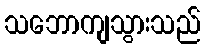
သဘောကျသွားသည်